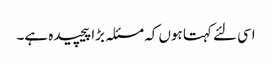
اسی لئے کہتا ہوں کہ مسئلہ بڑا پیچیده ہے۔